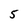
Character: 5